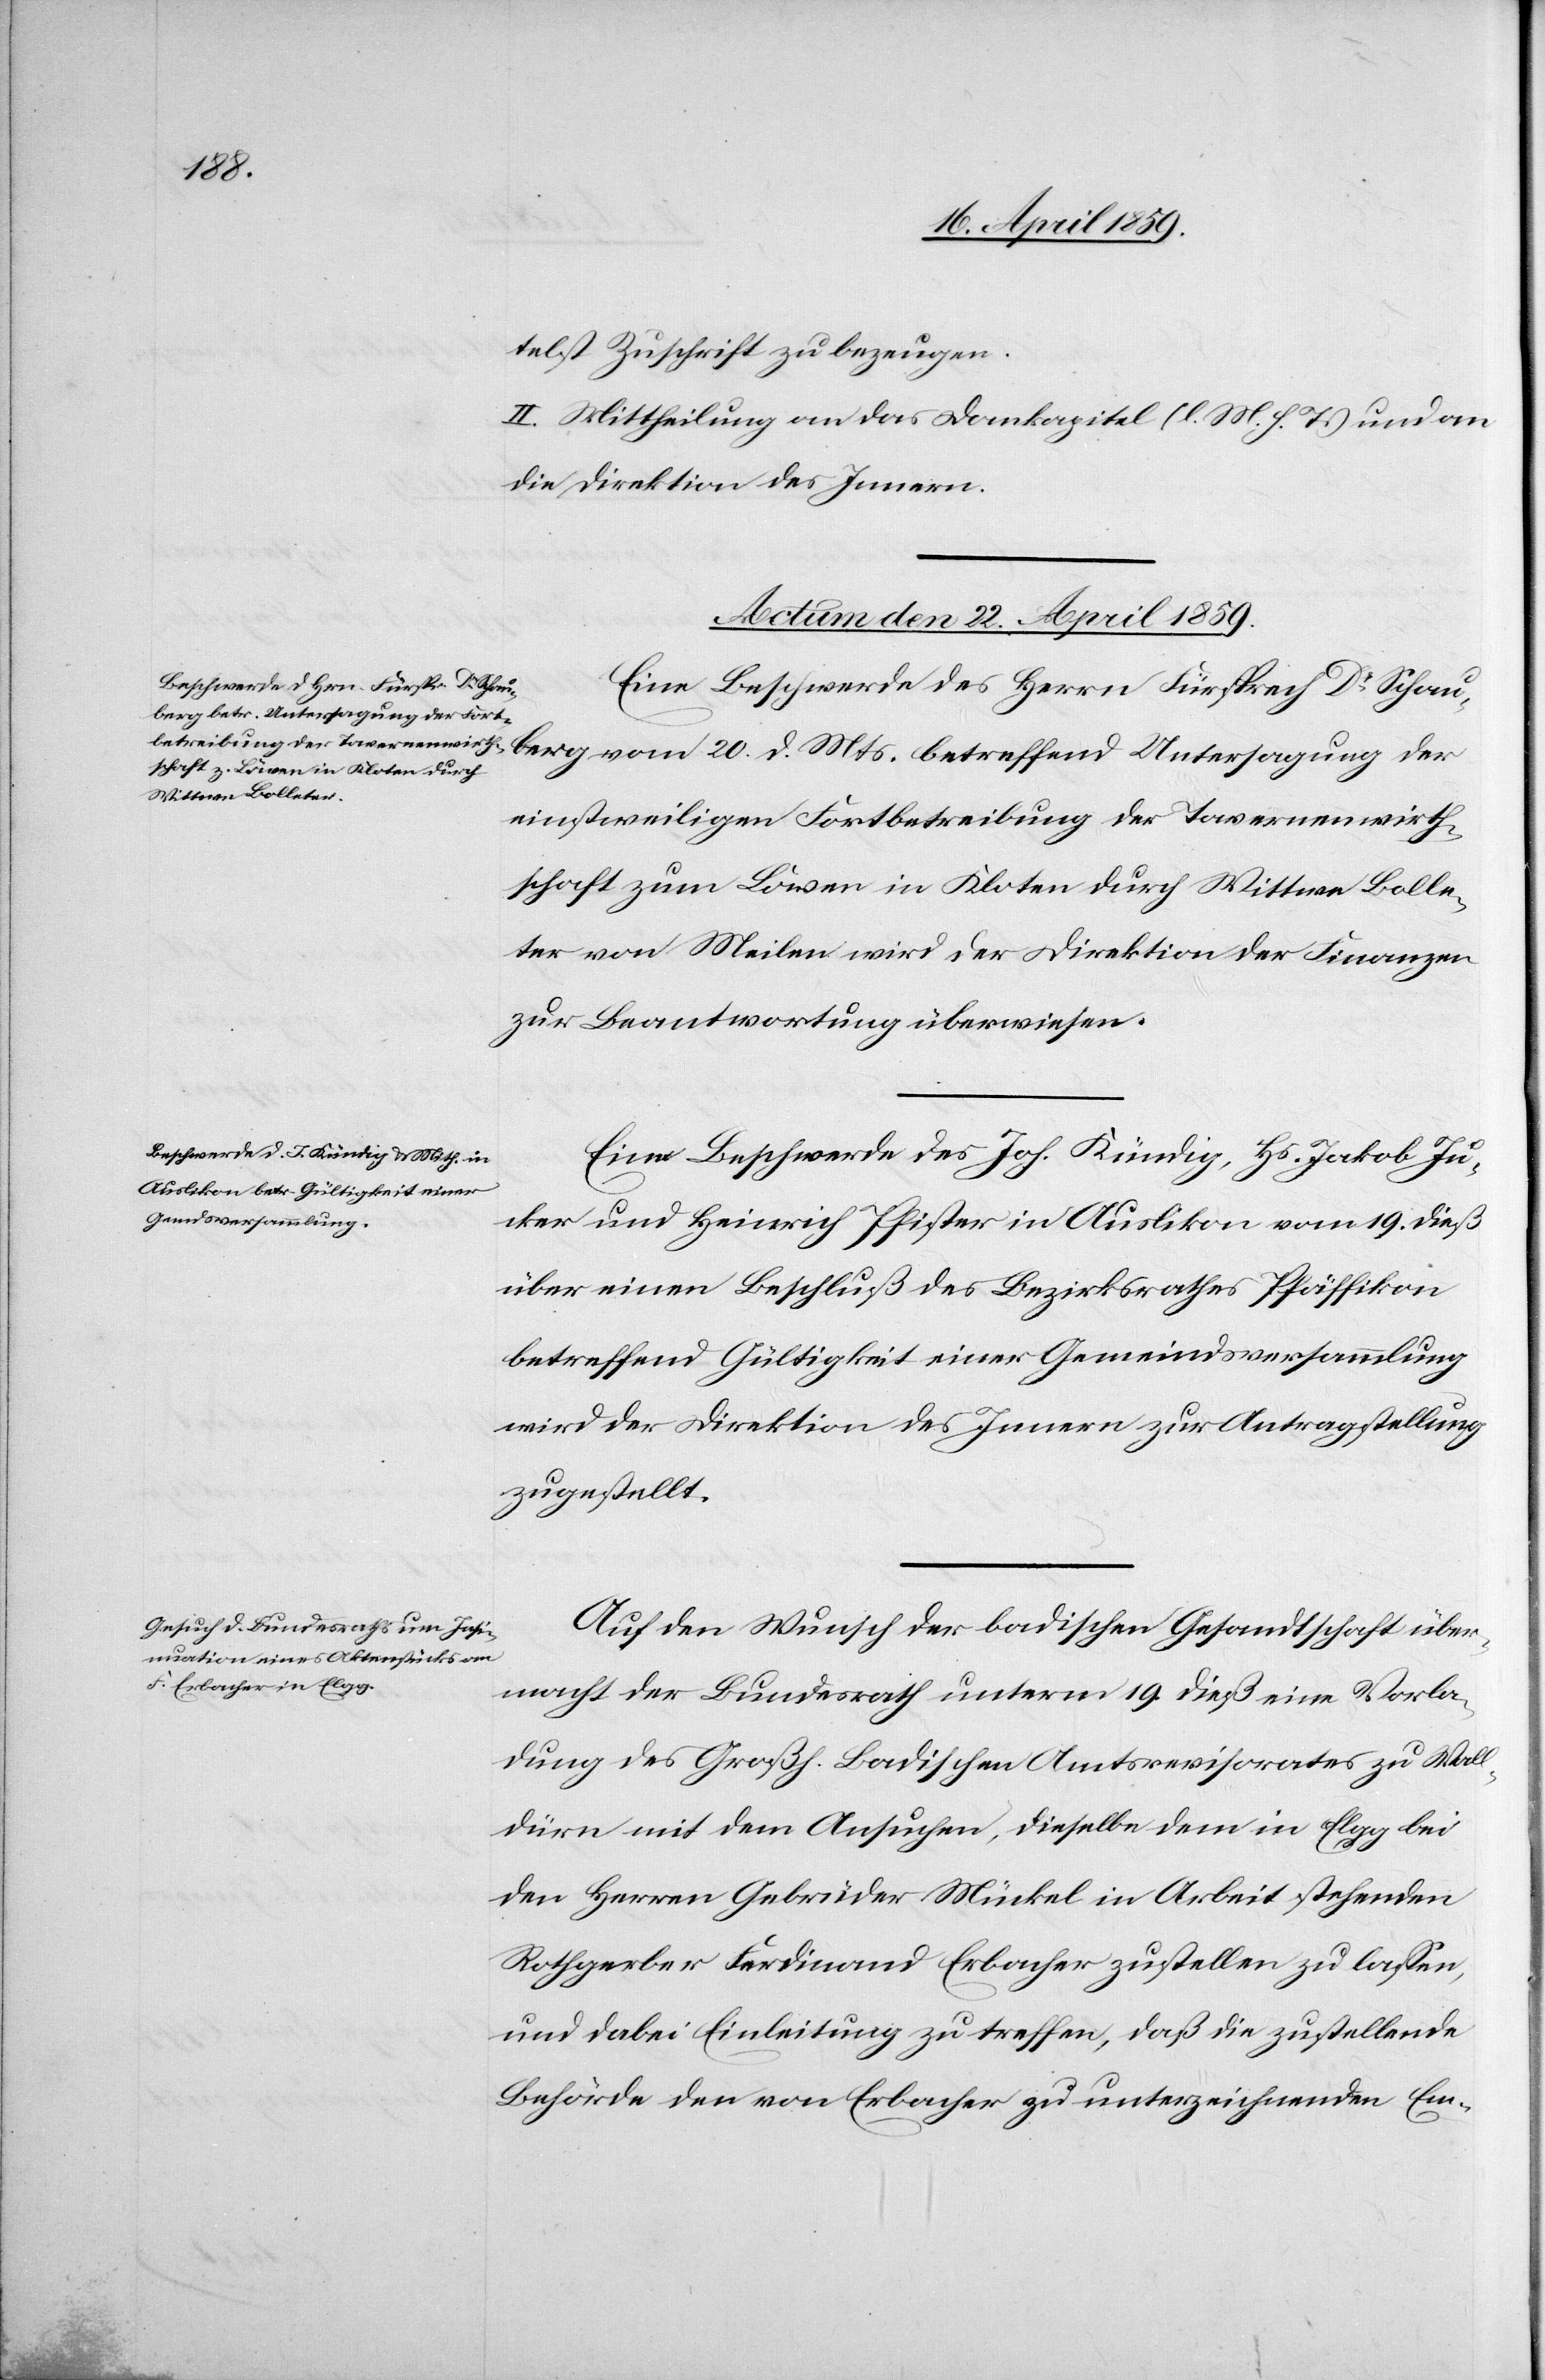
telst Zuschrift zu bezeugen.
II. Mittheilung an das Domkapitel (l. M. h. T.) und an
die Direktion des Innern.
Actum den 22. April 1859.]
Eine Beschwerde des Herrn Fürsprech Dr. Schauberg
einstweiligen Fortbetreibung der Tavernenwirth¬
schaft zum Löwen in Kloten durch Wittwe Bolle¬
ter von Meilen wird der Direktion der Finanzen
zur Beantwortung überwiesen.
Eine Beschwerde des Joh. Kündig, Hs. Jakob Ju¬
cker und Heinrich Pfister in Auslikon vom 19. dieß
über einen Beschluß des Bezirksrathes Pfäffikon
betreffend Gültigkeit einer Gemeindsversammlung
wird der Direktion des Innern zur Antragstellung
zugestellt.
Auf den Wunsch der badischen Gesandtschaft über¬
macht der Bundesrath unterm 19. dieß eine Vorla¬
dung des Großh. Badischen Amtsrevisorates zu Wall¬
dürn mit dem Ansuchen, dieselbe dem in Elgg bei
den Herren Gebrüder Mückel in Arbeit stehenden
Rathgeber Ferdinand Erbacher zustellen zu laßen,
und dabei Einleitung zu treffen, daß die zustellende
Behörde den von Erbacher zu unterzeichnenden Em-